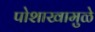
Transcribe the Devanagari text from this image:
पोशाखामुळे